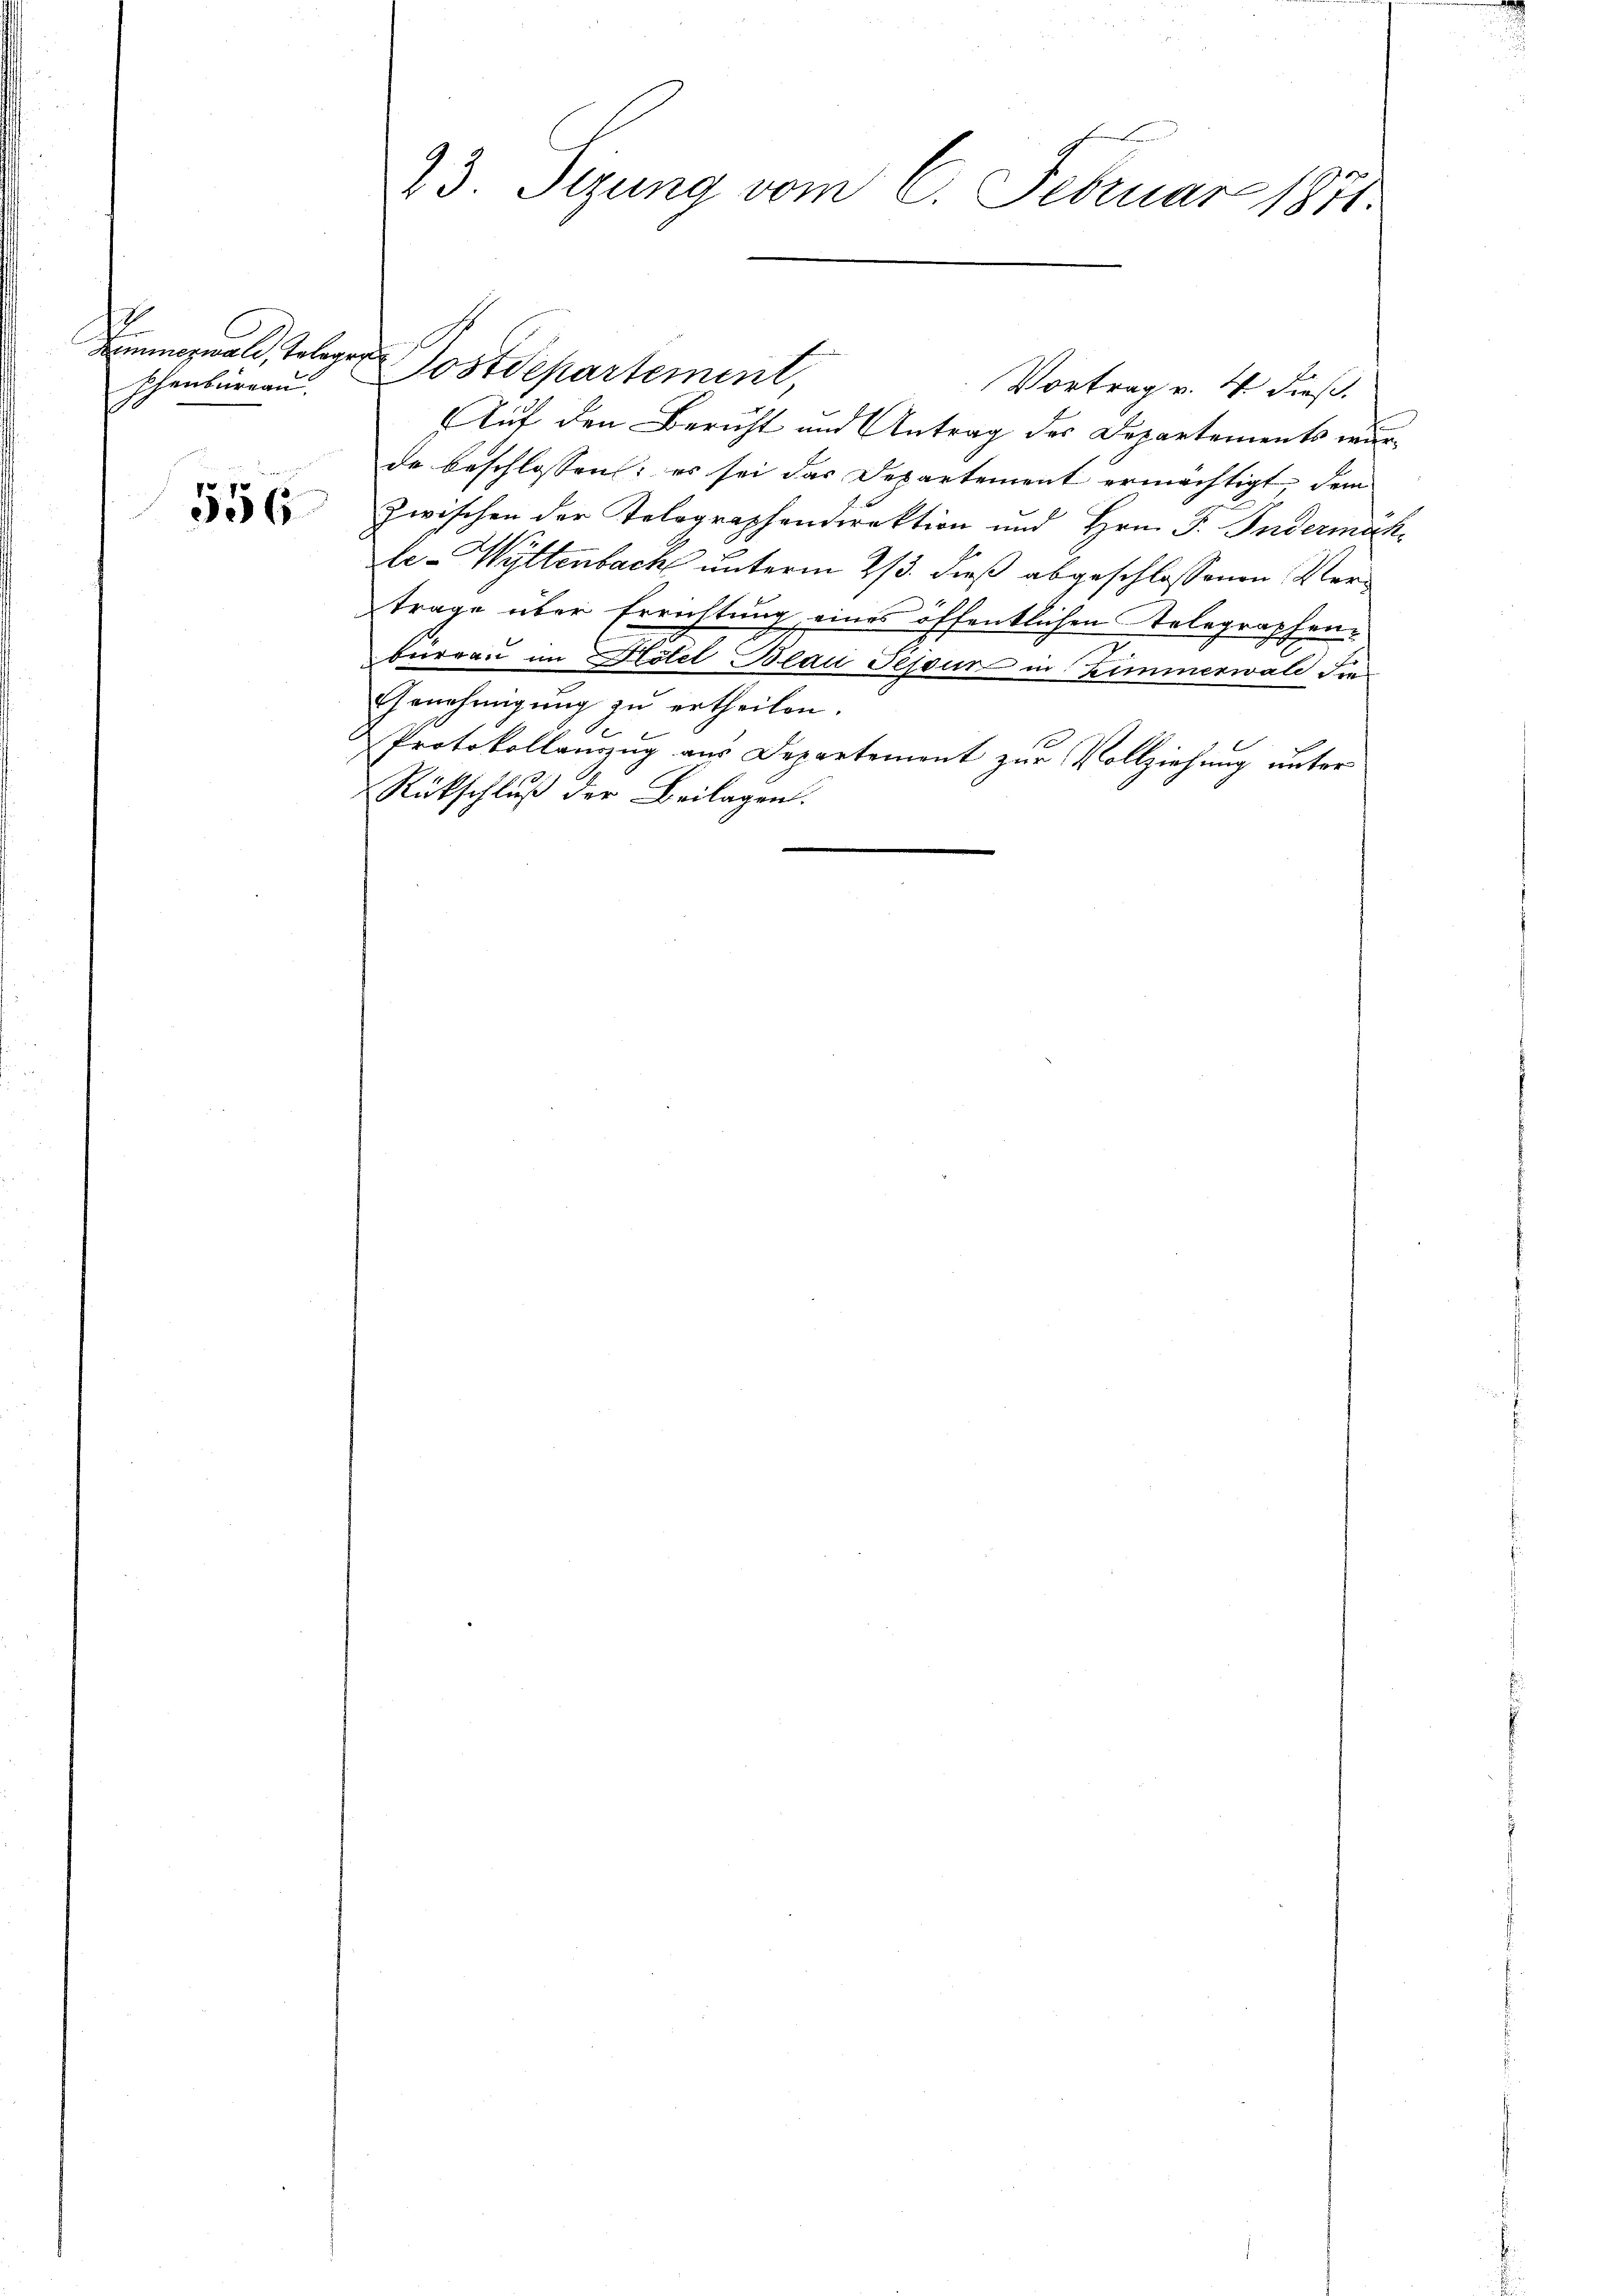
Zimmerwalt, Telegen
phenbureau.

556

23. Sizung vom 6. Februar 1871.

Auf den Bericht und Antrag des Departements wurde beschlossen: es sei das Departement ermächtigt, dem
zwischen der Telographendirektion und Hrn. F. Indermach
le-Wyttenbach unterm 2/3. dieß abgeschlossenen Vertrage über Errichtung eines öffentlichen Telegraphenbureau im Hotel Blau Fessur in Zimmerwald die
Genehmigung zu ertheilen.
Protokollanzug aus Departement zur Vollziehung unter
Rückschluß der Beilagen.

Postdepartement,

Vortrag v. 4. dieß.